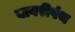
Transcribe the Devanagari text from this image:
बाबरीपंथ